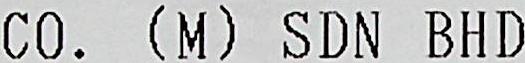
CO. (M) SDN BHD